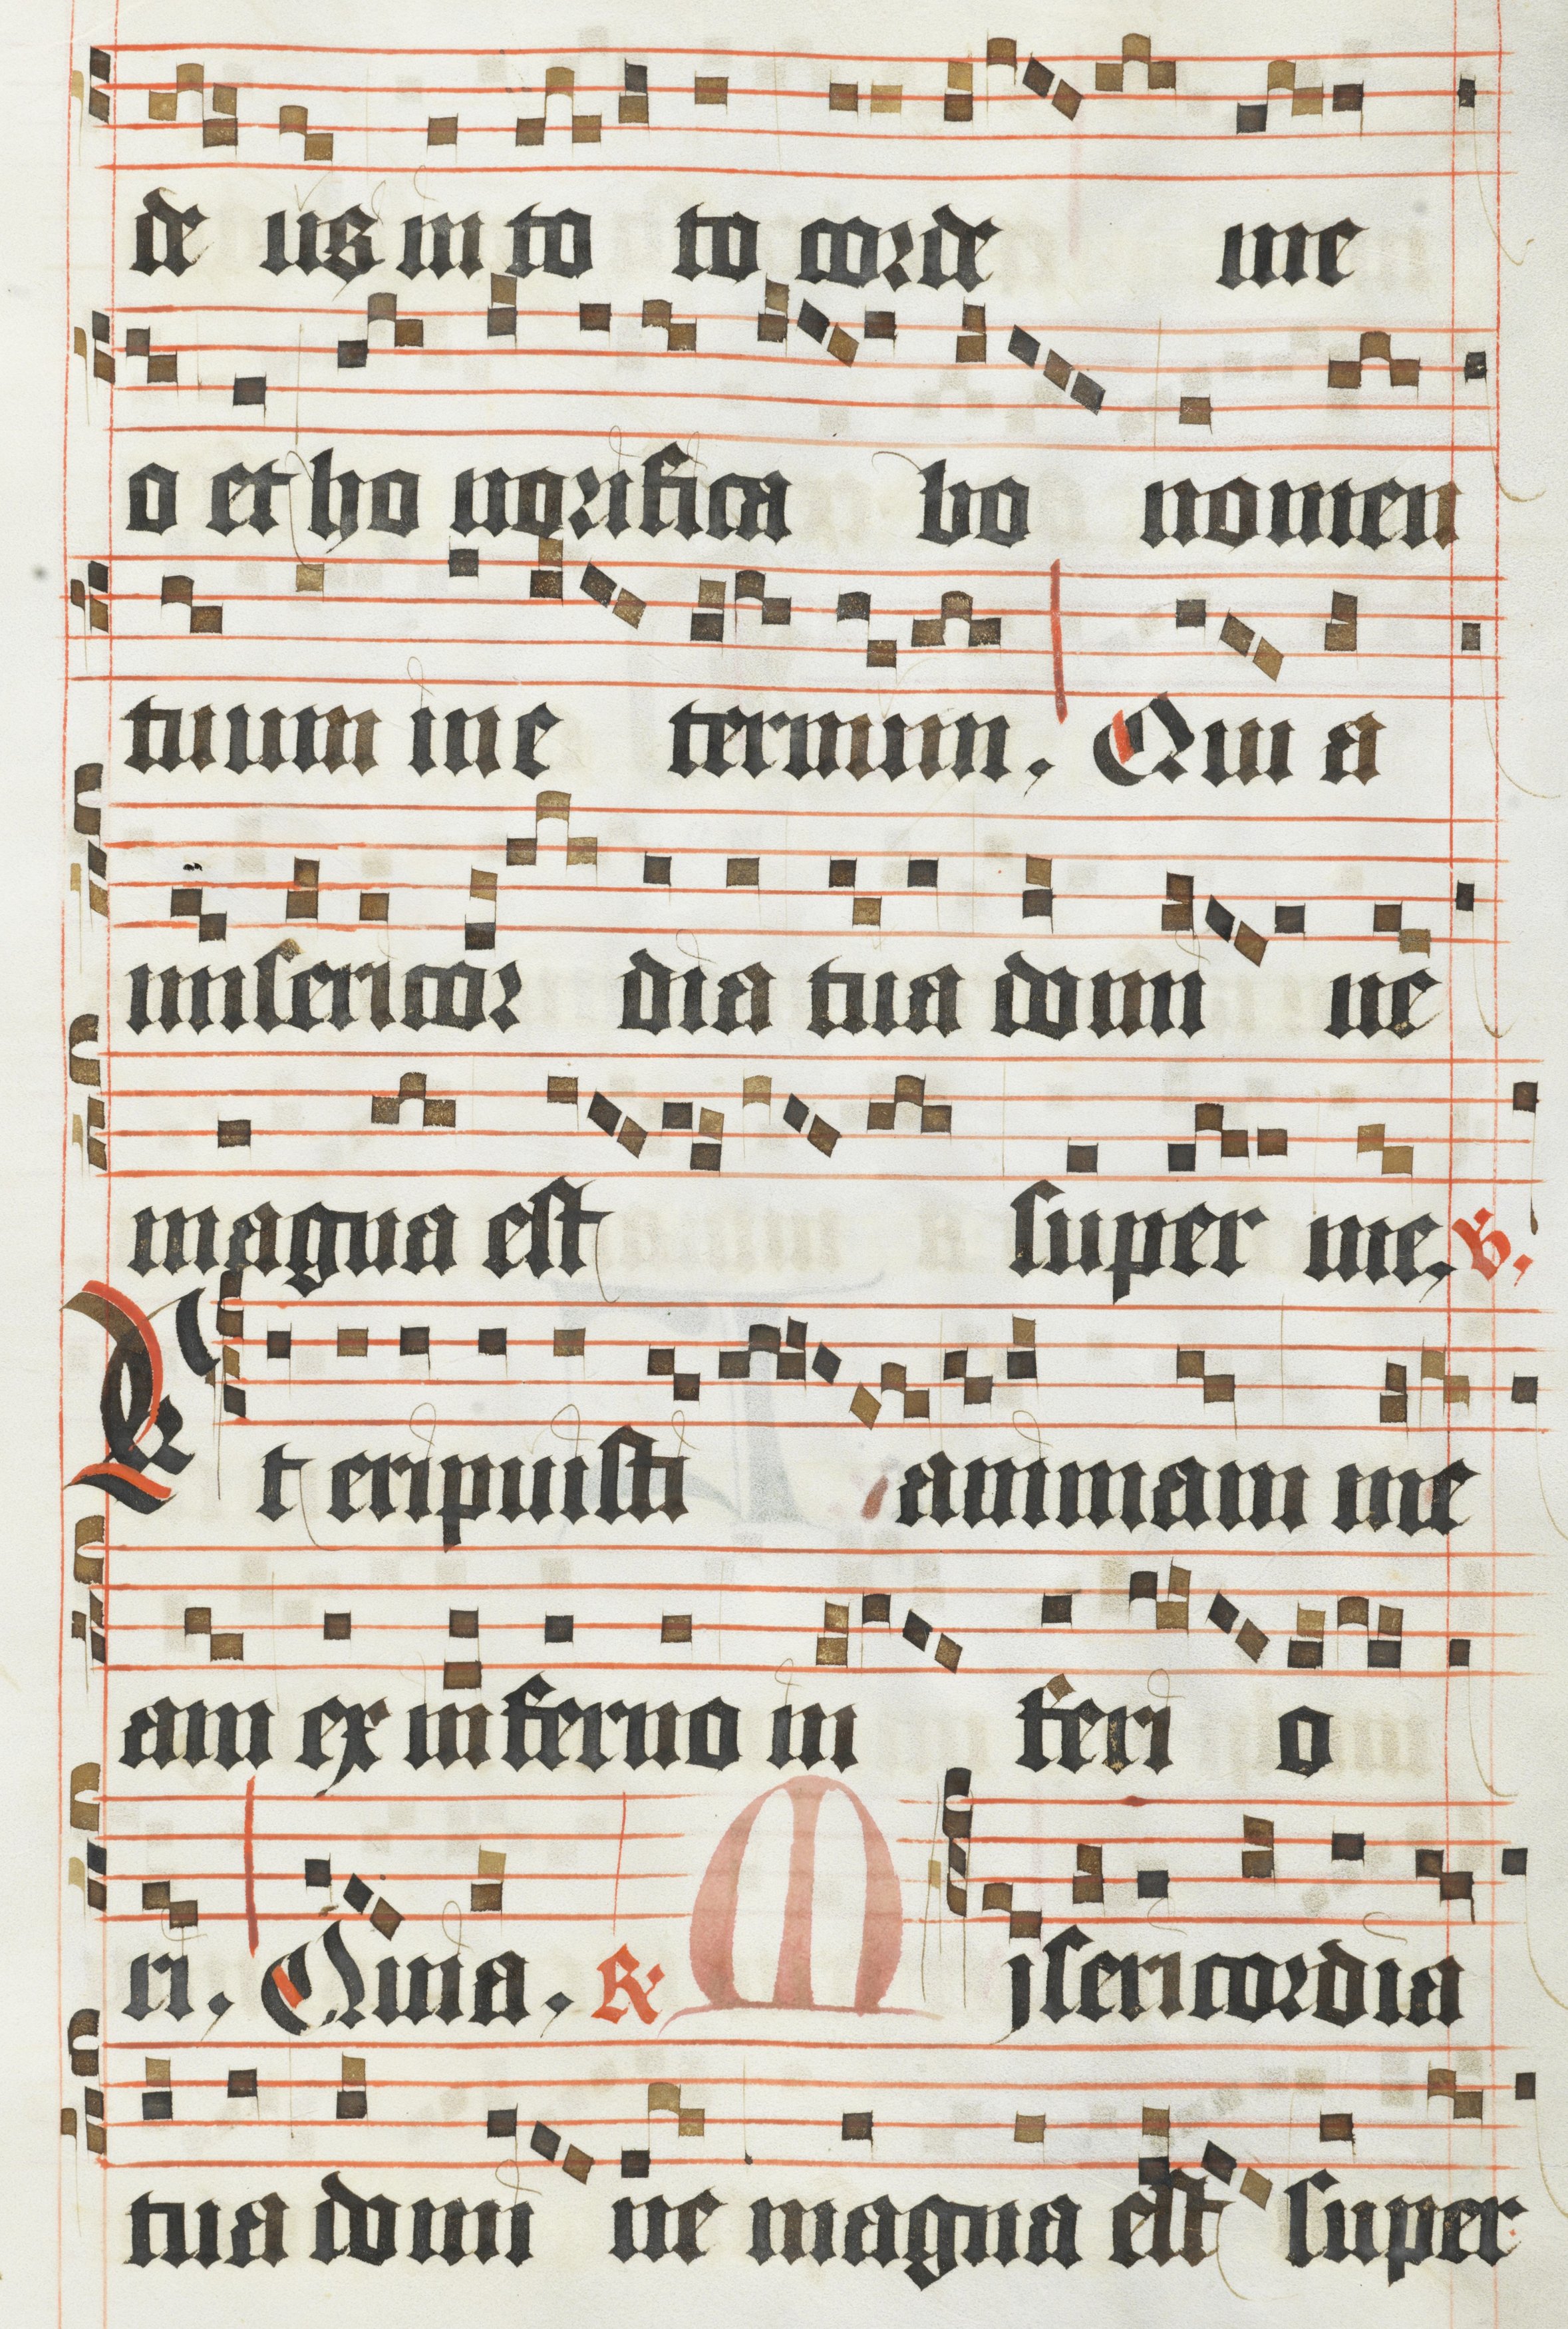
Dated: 1450–1499